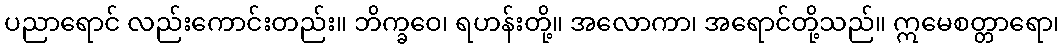
ပညာရောင် လည်းကောင်းတည်း။ ဘိက္ခဝေ၊ ရဟန်းတို့။ အလောကာ၊ အရောင်တို့သည်။ ဣမေစတ္တာရော၊